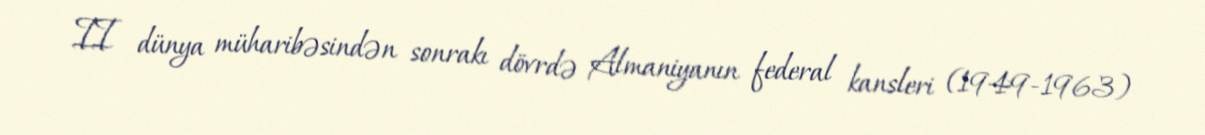
II dünya müharibəsindən sonrakı dövrdə Almaniyanın federal kansleri (1949-1963)